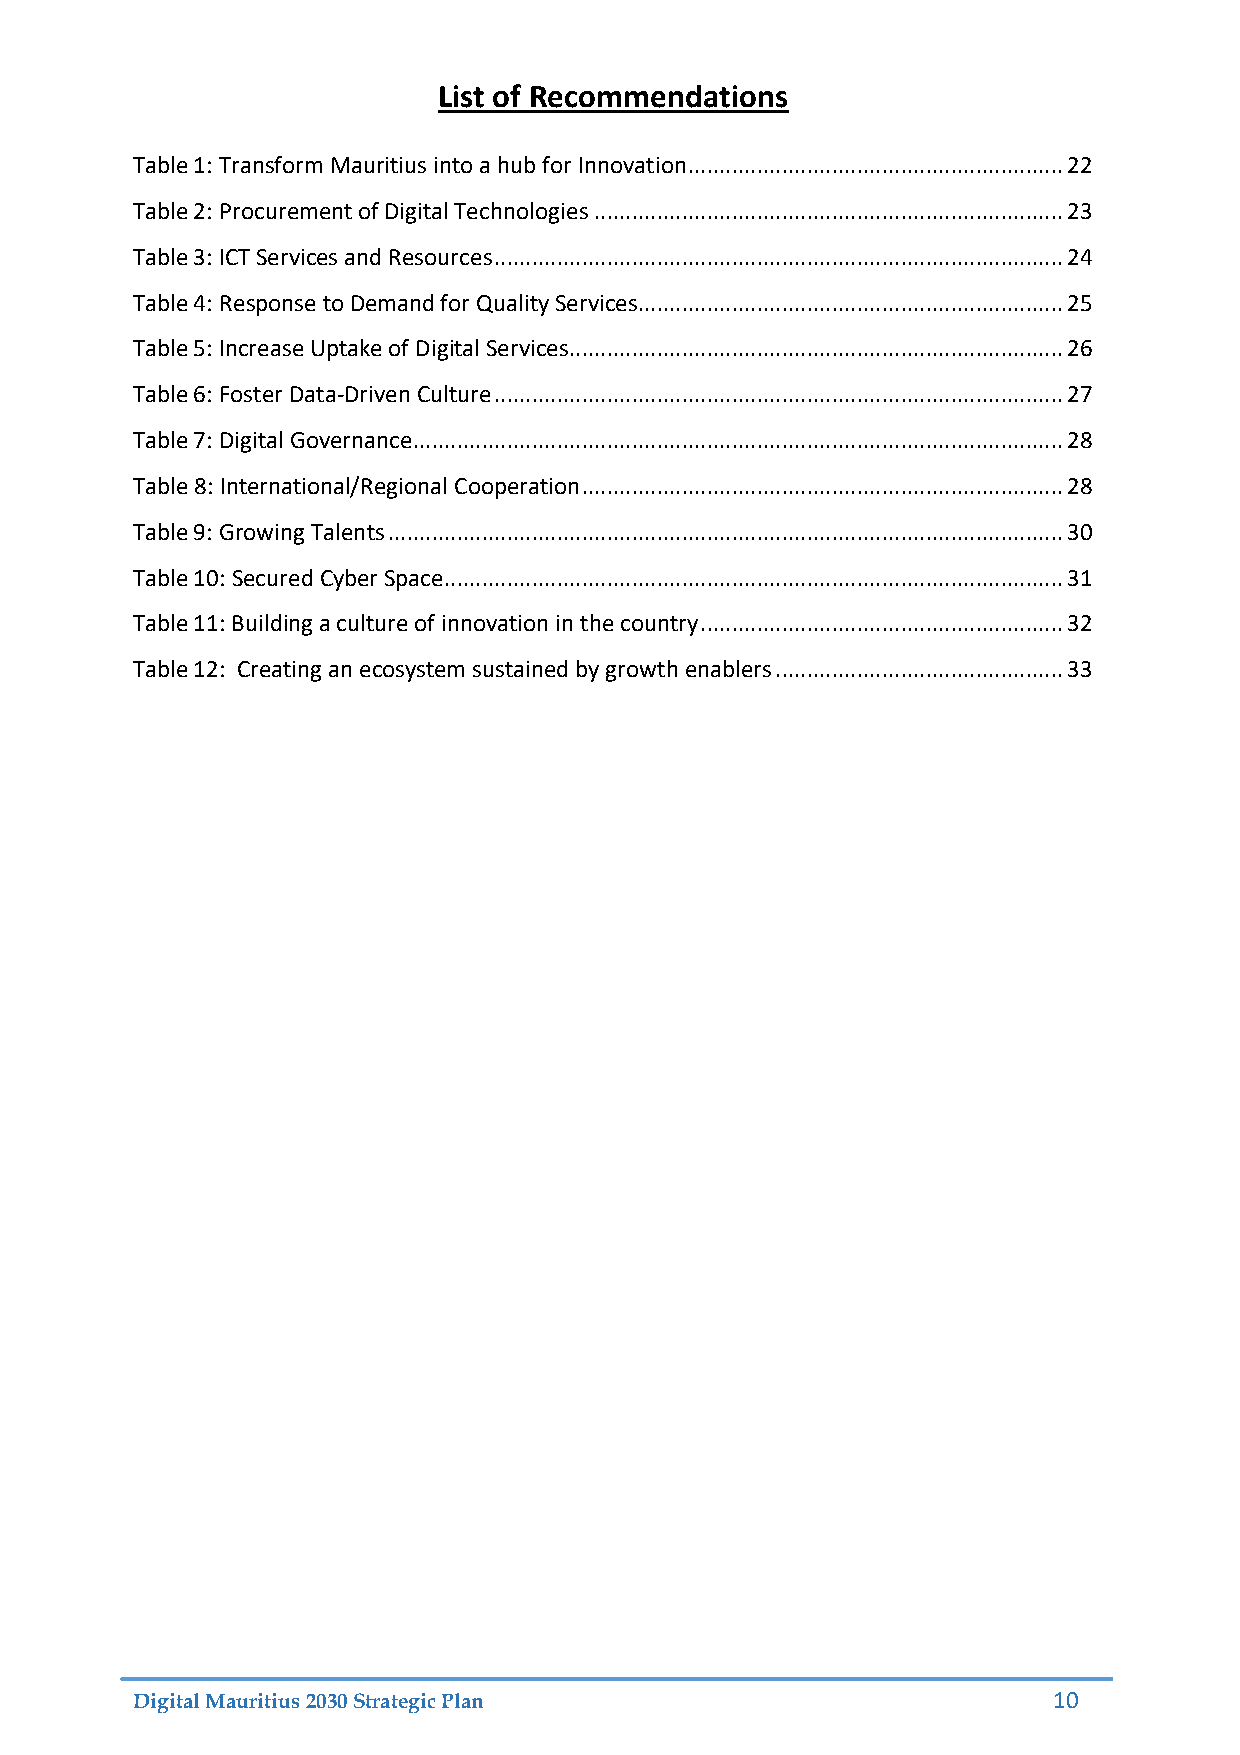
List of Recommendations
 Table 1: Transform Mauritius into a hub for Innovation ............................................................ 22
 Table 2: Procurement of Digital Technologies ........................................................................... 23
 Table 3: ICT Services and Resources ........................................................................................... 24
 Table 4: Response to Demand for Quality Services.................................................................... 25
 Table 5: Increase Uptake of Digital Services ............................................................................... 26
 Table 6: Foster Data-Driven Culture ........................................................................................... 27
 Table 7: Digital Governance ........................................................................................................ 28
 Table 8: International/Regional Cooperation ............................................................................. 28
 Table 9: Growing Talents ............................................................................................................ 30
 Table 10: Secured Cyber Space ................................................................................................... 31
 Table 11: Building a culture of innovation in the country .......................................................... 32
 Table 12: Creating an ecosystem sustained by growth enablers .............................................. 33
 Digital Mauritius 2030 Strategic Plan                        10